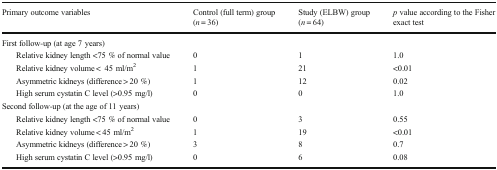
<table><thead><tr><td><b>Primary outcome variables</b></td><td><b>Control (full term) group (<i>n</i> = 36)</b></td><td><b>Study (ELBW) group (<i>n</i> = 64)</b></td><td><b><i>p</i> value according to the Fisher exact test</b></td></tr></thead><tbody><tr><td colspan="4">First follow-up (at age 7 years)</td></tr><tr><td>Relative kidney length &lt;75 % of normal value</td><td>0</td><td>1</td><td>1.0</td></tr><tr><td>Relative kidney volume &lt;45 ml/m<sup>2</sup></td><td>1</td><td>21</td><td>&lt;0.01</td></tr><tr><td>Asymmetric kidneys (difference &gt; 20 %)</td><td>1</td><td>12</td><td>0.02</td></tr><tr><td>High serum cystatin C level (&gt;0.95 mg/l)</td><td>0</td><td>0</td><td>1.0</td></tr><tr><td colspan="4">Second follow-up (at the age of 11 years)</td></tr><tr><td>Relative kidney length &lt;75 % of normal value</td><td>0</td><td>3</td><td>0.55</td></tr><tr><td>Relative kidney volume &lt; 45 ml/m<sup>2</sup></td><td>1</td><td>19</td><td>&lt;0.01</td></tr><tr><td>Asymmetric kidneys (difference &gt; 20 %)</td><td>3</td><td>8</td><td>0.7</td></tr><tr><td>High serum cystatin C level (&gt;0.95 mg/l)</td><td>0</td><td>6</td><td>0.08</td></tr></tbody></table>